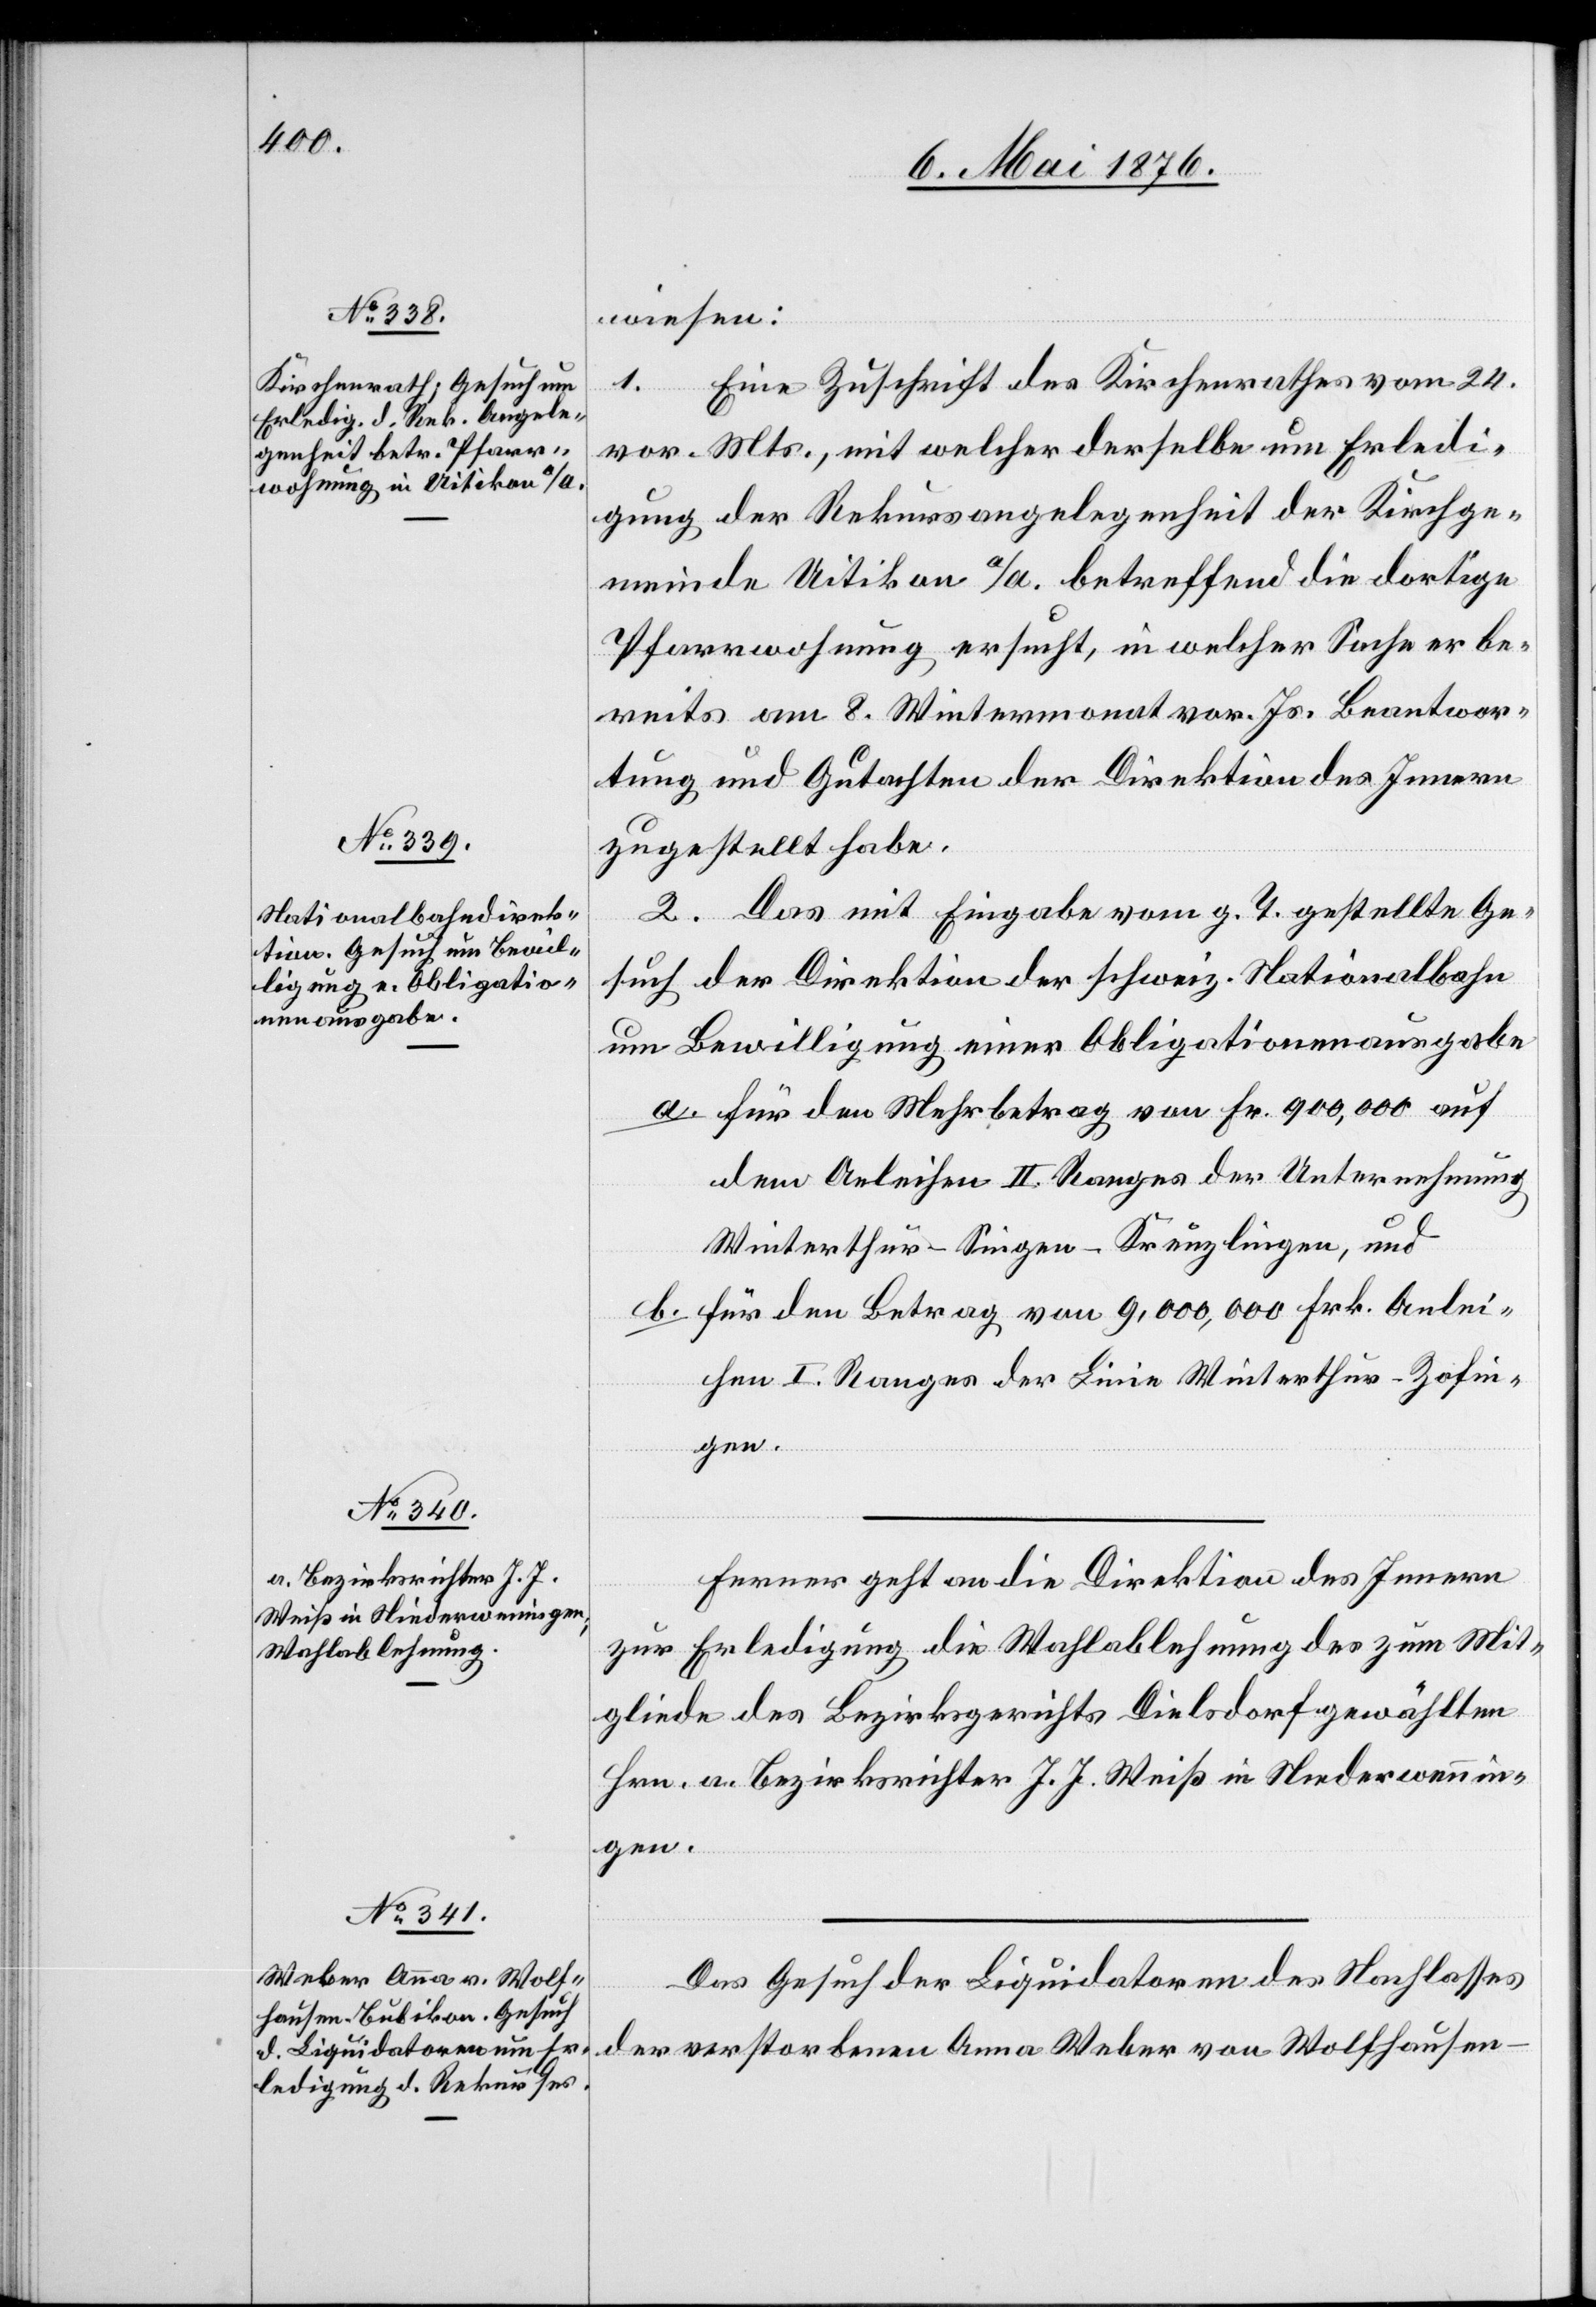
9. Mai 1876.]
wiesen:
1. Eine Zuschrift des Kirchenrathes vom 24.
vor. Mts., mit welcher derselbe um Erledi¬
gung der Rekursangelegenheit der Kirchge¬
meinde Uitikon a/A. betreffend die dortige
Pfarrwohnung ersucht, in welcher Sache er be¬
reits am 8. Wintermonat vor. Js. Beantwor¬
tung und Gutachten der Direktion des Innern
zugestellt habe.
2. Das mit Eingabe vom g. T. gestellte Ge¬
such der Direktion der schweiz. Nationalbahn
um Bewilligung einer Obligationenausgabe
a. für den Mehrbetrag von Fr. 900,000 auf
dem Anleihen II. Ranges der Unternehmung
Winterthur–Singen–Kreuzlingen, und
b. für den Betrag von 9,000,000 Frk. Anlei¬
hen I. Ranges der Linie Winterthur–Zofin¬
gen.
Ferner geht an die Direktion des Innern
zur Erledigung die Wahlablehnung des zum Mit¬
gliede des Bezirksgerichts Dielsdorf gewählten
Hrn. a. Bezirksrichter J. J. Weiß in Niederwenin¬
gen.
Das Gesuch der Liquidatoren des Nachlasses
der verstorbenen Anna Weber von Wolfhausen